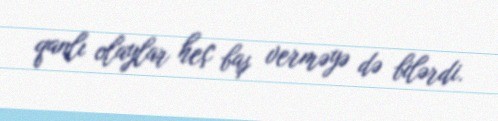
qanlı olaylar heç baş verməyə də bilərdi.